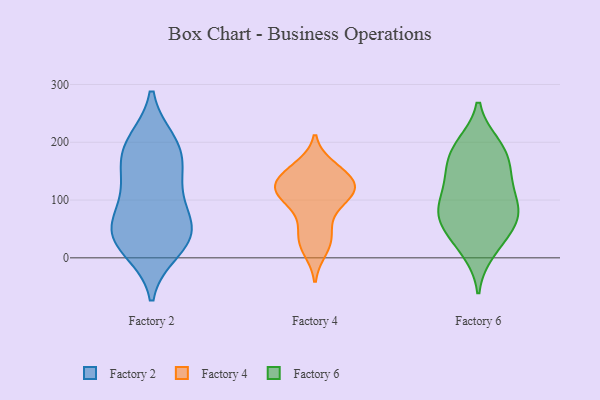
{"axis": {"x": "Market Share (%)", "y": "Value"}, "legend": ["Factory 2", "Factory 4", "Factory 6"], "data": [{"x": "", "y": 62, "type": "Factory 2"}, {"x": "", "y": 27, "type": "Factory 2"}, {"x": "", "y": 36, "type": "Factory 2"}, {"x": "", "y": 162, "type": "Factory 2"}, {"x": "", "y": 86, "type": "Factory 2"}, {"x": "", "y": 14, "type": "Factory 2"}, {"x": "", "y": 188, "type": "Factory 2"}, {"x": "", "y": 45, "type": "Factory 2"}, {"x": "", "y": 142, "type": "Factory 2"}, {"x": "", "y": 116, "type": "Factory 2"}, {"x": "", "y": 200, "type": "Factory 2"}, {"x": "", "y": 43, "type": "Factory 2"}, {"x": "", "y": 195, "type": "Factory 2"}, {"x": "", "y": 118, "type": "Factory 4"}, {"x": "", "y": 108, "type": "Factory 4"}, {"x": "", "y": 107, "type": "Factory 4"}, {"x": "", "y": 133, "type": "Factory 4"}, {"x": "", "y": 21, "type": "Factory 4"}, {"x": "", "y": 122, "type": "Factory 4"}, {"x": "", "y": 111, "type": "Factory 4"}, {"x": "", "y": 14, "type": "Factory 4"}, {"x": "", "y": 45, "type": "Factory 4"}, {"x": "", "y": 157, "type": "Factory 4"}, {"x": "", "y": 149, "type": "Factory 4"}, {"x": "", "y": 36, "type": "Factory 4"}, {"x": "", "y": 151, "type": "Factory 4"}, {"x": "", "y": 137, "type": "Factory 4"}, {"x": "", "y": 121, "type": "Factory 4"}, {"x": "", "y": 101, "type": "Factory 4"}, {"x": "", "y": 71, "type": "Factory 4"}, {"x": "", "y": 195, "type": "Factory 6"}, {"x": "", "y": 163, "type": "Factory 6"}, {"x": "", "y": 75, "type": "Factory 6"}, {"x": "", "y": 72, "type": "Factory 6"}, {"x": "", "y": 27, "type": "Factory 6"}, {"x": "", "y": 80, "type": "Factory 6"}, {"x": "", "y": 129, "type": "Factory 6"}, {"x": "", "y": 47, "type": "Factory 6"}, {"x": "", "y": 87, "type": "Factory 6"}, {"x": "", "y": 76, "type": "Factory 6"}, {"x": "", "y": 145, "type": "Factory 6"}, {"x": "", "y": 183, "type": "Factory 6"}, {"x": "", "y": 124, "type": "Factory 6"}, {"x": "", "y": 12, "type": "Factory 6"}, {"x": "", "y": 192, "type": "Factory 6"}]}